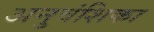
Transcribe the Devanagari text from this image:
अनुवंशिका